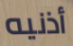
أذنيه